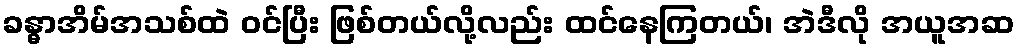
ခန္ဓာအိမ်အသစ်ထဲ ဝင်ပြီး ဖြစ်တယ်လို့လည်း ထင်နေကြတယ်၊ အဲဒီလို အယူအဆ